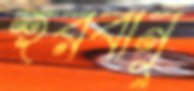
হুরবানু